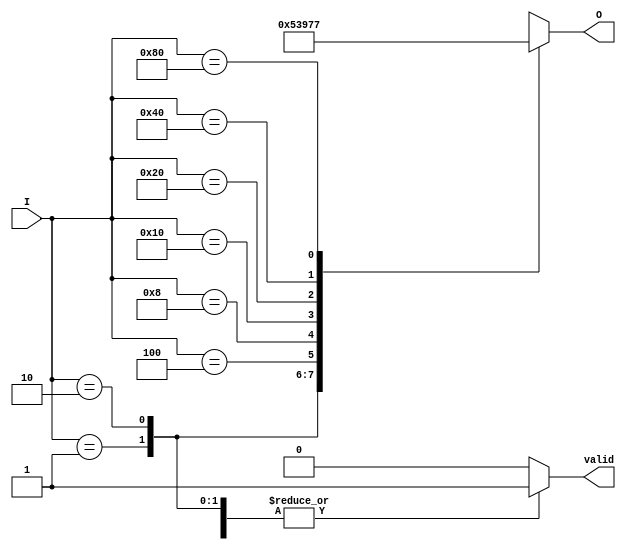
module multilevel_encoder (
    input wire [7:0] I,    // 8-bit input
    output reg [2:0] O,    // 3-bit output
    output reg valid        // Valid signal to indicate if an input is active
);

// Encoding logic
always @(*) begin
    case (I)
        8'b00000001: begin O = 3'b000; valid = 1; end // I0
        8'b00000010: begin O = 3'b001; valid = 1; end // I1
        8'b00000100: begin O = 3'b010; valid = 1; end // I2
        8'b00001000: begin O = 3'b011; valid = 1; end // I3
        8'b00010000: begin O = 3'b100; valid = 1; end // I4
        8'b00100000: begin O = 3'b101; valid = 1; end // I5
        8'b01000000: begin O = 3'b110; valid = 1; end // I6
        8'b10000000: begin O = 3'b111; valid = 1; end // I7
        default: begin O = 3'bXXX; valid = 0; end // No valid input
    endcase
end

endmodule